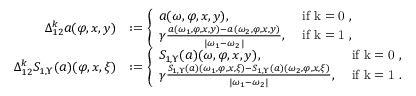
\begin{array} { r l } { \Delta _ { 1 2 } ^ { k } a ( \varphi , x , y ) } & { : = \left\{ \begin{array} { l l } { a ( \omega , \varphi , x , y ) , } & { \mathrm { ~ i f ~ k = 0 ~ , } } \\ { \gamma \frac { a ( \omega _ { 1 } , \varphi , x , y ) - a ( \omega _ { 2 } , \varphi , x , y ) } { | \omega _ { 1 } - \omega _ { 2 } | } , } & { \mathrm { ~ i f ~ k = 1 ~ } , } \end{array} \right. } \\ { \Delta _ { 1 2 } ^ { k } S _ { 1 , \Upsilon } ( a ) ( \varphi , x , \xi ) } & { : = \left\{ \begin{array} { l l } { S _ { 1 , \Upsilon } ( a ) ( \omega , \varphi , x , y ) , } & { \mathrm { ~ i f ~ k = 0 ~ , } } \\ { \gamma \frac { S _ { 1 , \Upsilon } ( a ) ( \omega _ { 1 } , \varphi , x , \xi ) - S _ { 1 , \Upsilon } ( a ) ( \omega _ { 2 } , \varphi , x , \xi ) } { | \omega _ { 1 } - \omega _ { 2 } | } , } & { \mathrm { ~ i f ~ k = 1 ~ } . } \end{array} \right. } \end{array}